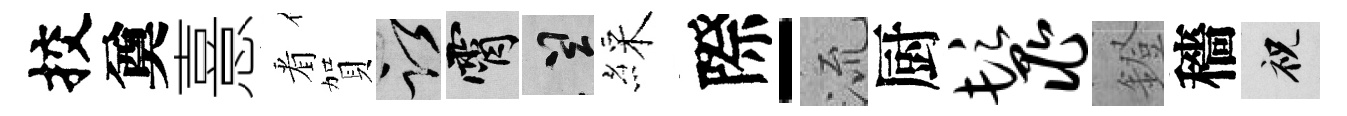
挍奠憙㸔賀謹霄誠綵際-𣴑厨鬣鐙穡祝